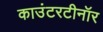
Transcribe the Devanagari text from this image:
काउंटरटीनॉर